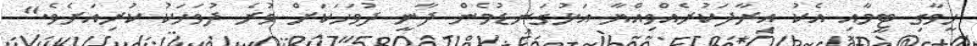
ހީވާގި ޓީމާއި އެކު އިރާދަކުރެއްވިއްޔާ އަޅުގަނޑުމެން ދާނީ ދުވަހަކަށް ވުރެ ދުވަހަކު ކުރިއަށެވެ."